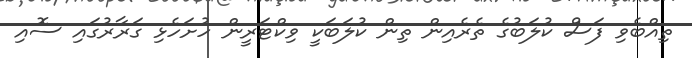
ތިއްބެވި ފަސް ކުލަބުގެ ތެރެއިން ތިން ކުލަބަކީ ވިކްޓަރީން ހުށަހެޅި ގަރާރުގައި ސޮއި